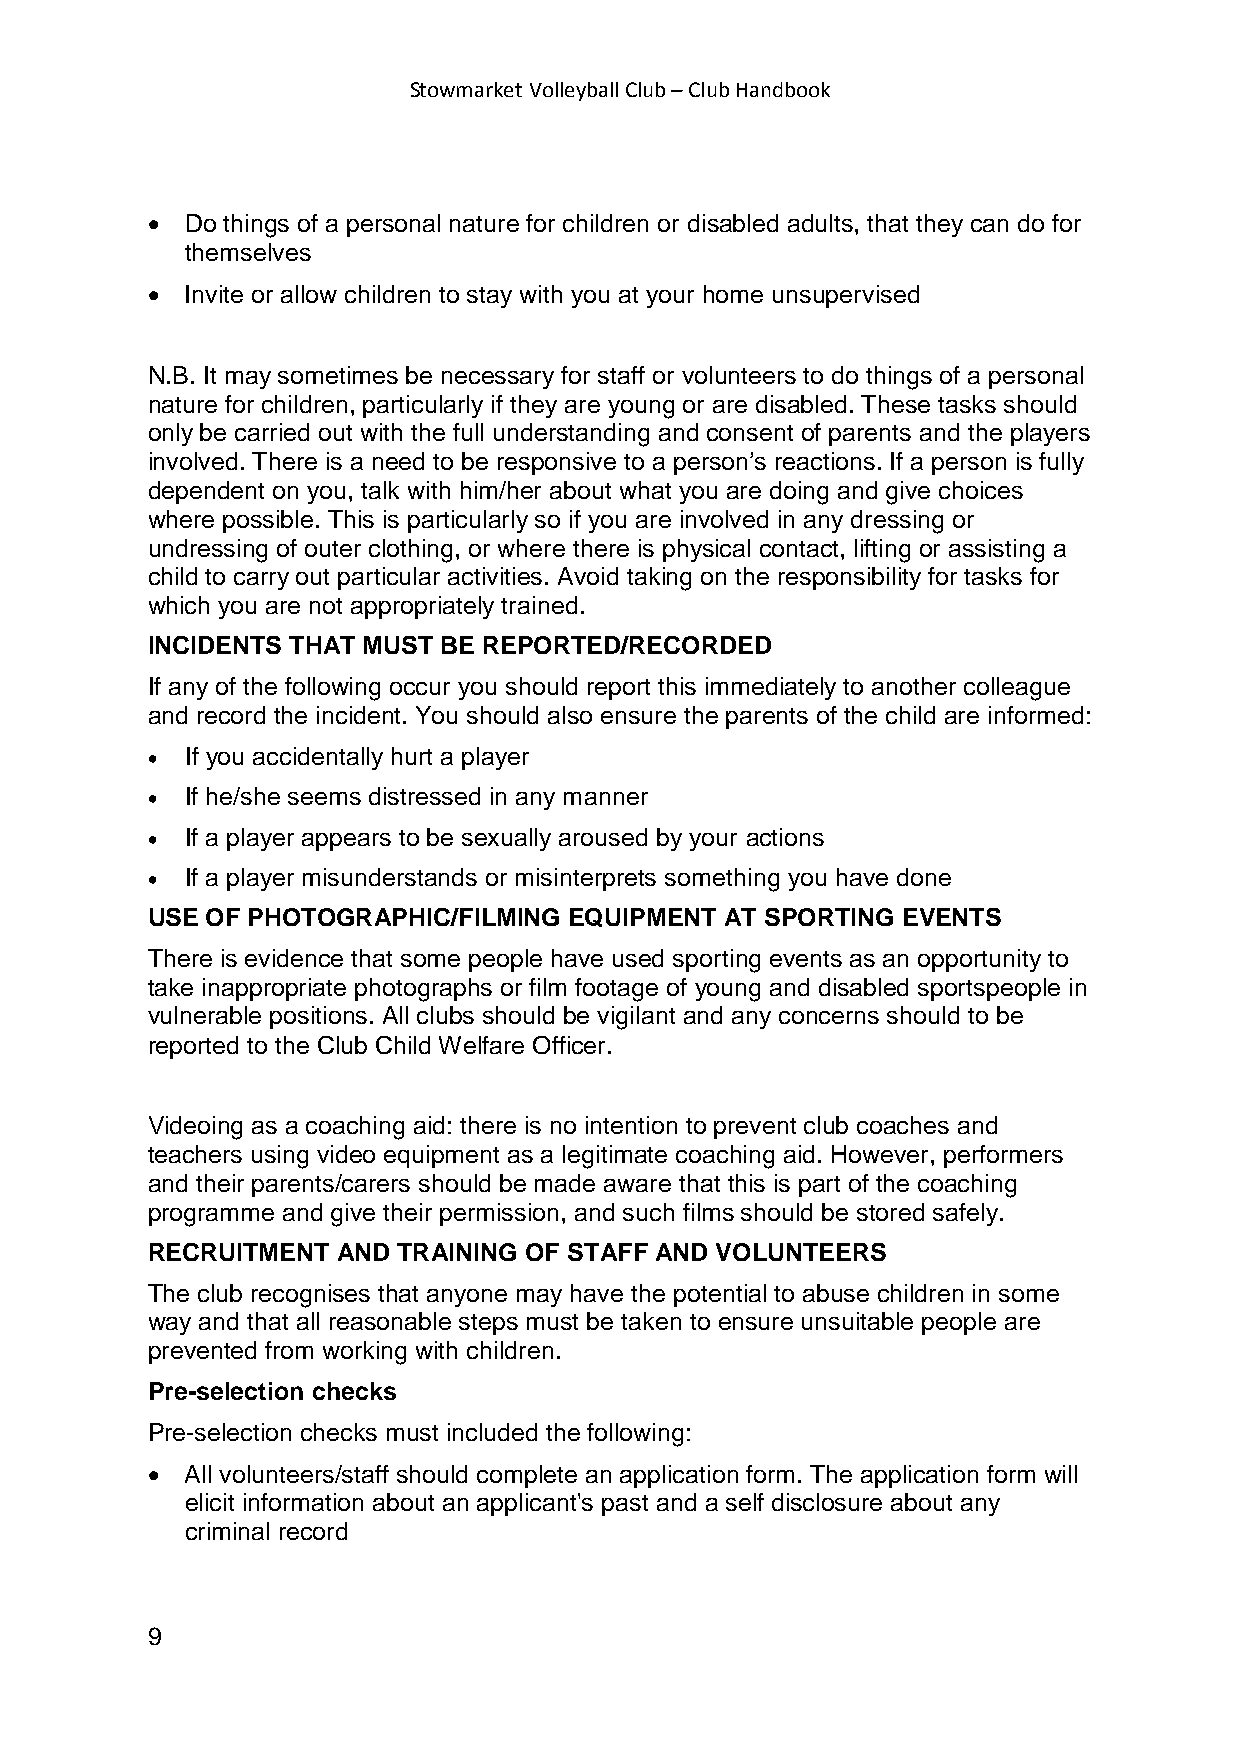
Stowmarket Volleyball Club – Club Handbook
 • Do things of a personal nature for children or disabled adults, that they can do for
 themselves
 • Invite or allow children to stay with you at your home unsupervised
 N.B. It may sometimes be necessary for staff or volunteers to do things of a personal
 nature for children, particularly if they are young or are disabled. These tasks should
 only be carried out with the full understanding and consent of parents and the players
 involved. There is a need to be responsive to a person’s reactions. If a person is fully
 dependent on you, talk with him/her about what you are doing and give choices
 where possible. This is particularly so if you are involved in any dressing or
 undressing of outer clothing, or where there is physical contact, lifting or assisting a
 child to carry out particular activities. Avoid taking on the responsibility for tasks for
 which you are not appropriately trained.
 INCIDENTS THAT MUST BE REPORTED/RECORDED
 If any of the following occur you should report this immediately to another colleague
 and record the incident. You should also ensure the parents of the child are informed:
 • If you accidentally hurt a player
 • If he/she seems distressed in any manner
 • If a player appears to be sexually aroused by your actions
 • If a player misunderstands or misinterprets something you have done
 USE OF PHOTOGRAPHIC/FILMING EQUIPMENT AT SPORTING EVENTS
 There is evidence that some people have used sporting events as an opportunity to
 take inappropriate photographs or film footage of young and disabled sportspeople in
 vulnerable positions. All clubs should be vigilant and any concerns should to be
 reported to the Club Child Welfare Officer.
 Videoing as a coaching aid: there is no intention to prevent club coaches and
 teachers using video equipment as a legitimate coaching aid. However, performers
 and their parents/carers should be made aware that this is part of the coaching
 programme and give their permission, and such films should be stored safely.
 RECRUITMENT AND TRAINING OF STAFF AND VOLUNTEERS
 The club recognises that anyone may have the potential to abuse children in some
 way and that all reasonable steps must be taken to ensure unsuitable people are
 prevented from working with children.
 Pre-selection checks
 Pre-selection checks must included the following:
 • All volunteers/staff should complete an application form. The application form will
 elicit information about an applicant's past and a self disclosure about any
 criminal record
 9